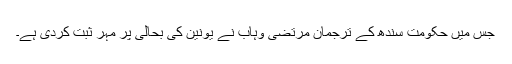
جس میں حکومت سندھ کے ترجمان مرتضیٰ وہاب نے یونین کی بحالی پر مہر ثبت کردی ہے۔